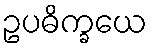
ဥပဓိက္ခယေ